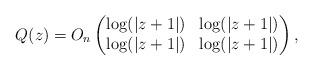
LaTeX: \begin{align*}Q(z) = O_n\left(\begin{matrix}\log(\vert z + 1\vert) & \log(\vert z + 1\vert) \\\log(\vert z + 1\vert) & \log(\vert z + 1\vert)\end{matrix}\right), \end{align*}